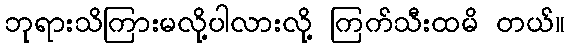
ဘုရားသိကြားမလို့ပါလားလို့ ကြက်သီးထမိ တယ်။